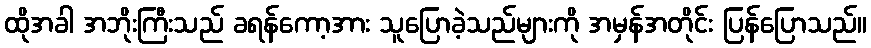
ထိုအခါ အဘိုးကြီးသည် ခရန်ကော့အား သူပြောခဲ့သည်များကို အမှန်အတိုင်း ပြန်ပြောသည်။